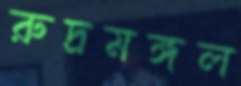
রুদ্রমঙ্গল